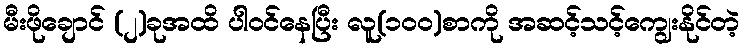
မီးဖိုချောင် (၂)ခုအထိ ပါဝင်နေပြီး လူ(၁၀၀)စာကို အဆင့်သင့်ကျွေးနိုင်တဲ့